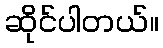
ဆိုင်ပါတယ်။